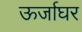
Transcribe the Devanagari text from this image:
ऊर्जाघर